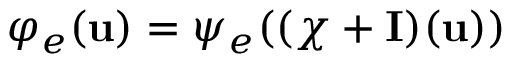
\varphi _ { e } ( \mathbf { u } ) = \psi _ { e } ( ( \chi + \mathbf { I } ) ( \mathbf { u } ) )